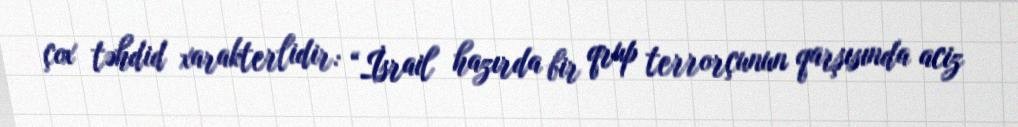
çox təhdid xarakterlidir: “İsrail hazırda bir qrup terrorçunun qarşısında aciz